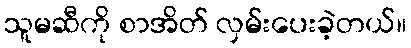
သူမဆီကို စာအိတ် လှမ်းပေးခဲ့တယ်။